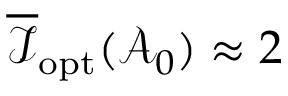
\overline { { \mathcal { I } } } _ { \mathrm { o p t } } ( \mathcal { A } _ { 0 } ) \approx 2 \